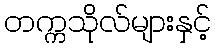
တက္ကသိုလ်များနှင့်